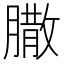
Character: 𦠐